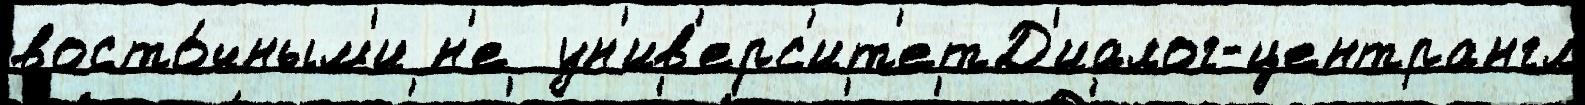
восто́чным'и н'е  ун'ив'ерс'ит'етД'иалог-центрангл